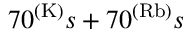
7 0 ^ { ( \mathrm { K ) } } s + 7 0 ^ { ( \mathrm { R b ) } } s